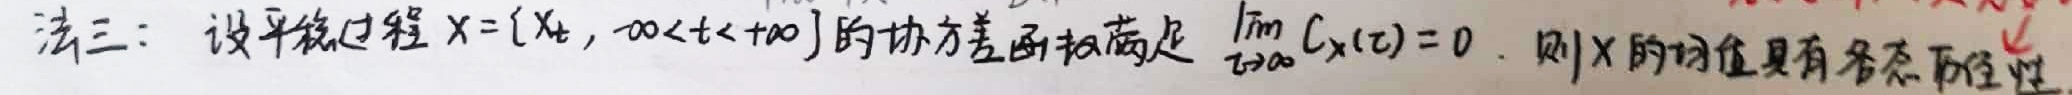
法三：设平稳过程$X = \{X_t,-\infty<t<+\infty\}$的协方差函数满足$\lim_{\tau\rightarrow\infty}C_X(\tau)=0$. 则$X$的均值具有各态历经性.